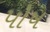
પોષ